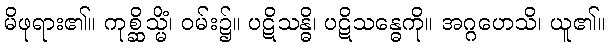
မိဖုရား၏။ ကုစ္ဆိသ္မိံ၊ ဝမ်း၌။ ပဋိသန္ဓိ၊ ပဋိသန္ဓေကို။ အဂ္ဂဟေသိ၊ ယူ၏။